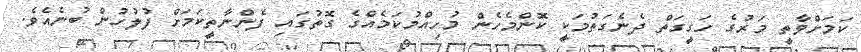
ކަމަށްވާތީ މަރުގެ ހަގީގަތް ދެނެގަތުމަކީ ކޮންމެހެން މުހިއްމުކަމެއްގެ ގޮތުގައި ފެންނާތީކަމަށް ފުލުހުން ބުނެއެވެ.